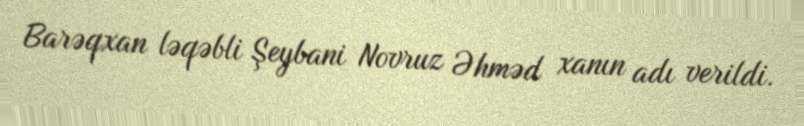
Barəqxan ləqəbli Şeybani Novruz Əhməd xanın adı verildi.